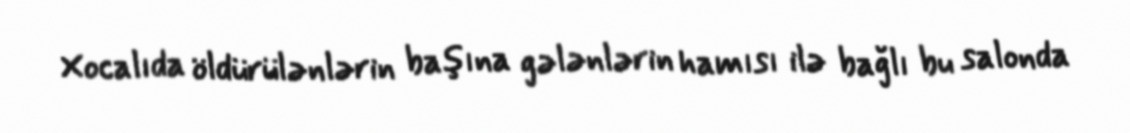
Xocalıda öldürülənlərin başına gələnlərin hamısı ilə bağlı bu salonda